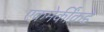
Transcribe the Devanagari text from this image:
एकमेकींकडे